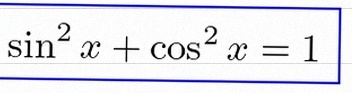
\sin^2x+\cos^2x=1